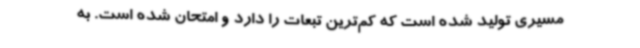
مسیری تولید شده است که کم‌ترین تبعات را دارد و امتحان شده است. به